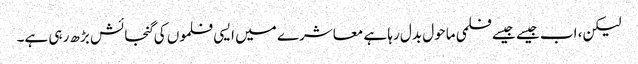
لیکن، اب جیسے جیسے فلمی ماحول بدل رہا ہے معاشرے میں ایسی فلموں کی گنجائش بڑھ رہی ہے۔